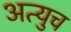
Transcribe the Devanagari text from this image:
अत्युच